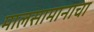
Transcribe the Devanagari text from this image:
मालसामानाचा